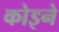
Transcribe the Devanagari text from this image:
कोइने